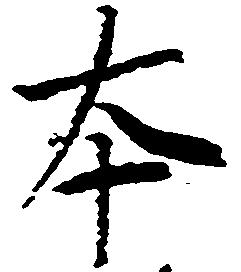
本